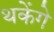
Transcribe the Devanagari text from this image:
थकेंगे